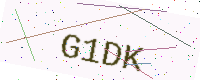
Text: G1DK